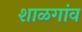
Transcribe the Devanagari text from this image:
शाळगांव